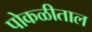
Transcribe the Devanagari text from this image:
पोकळीताल